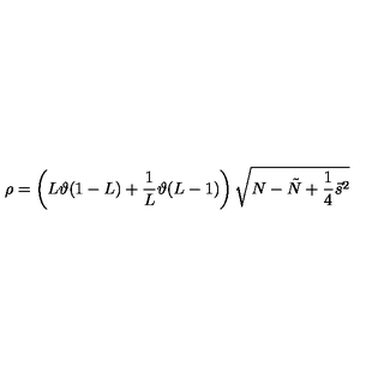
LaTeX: \rho = \left( L \vartheta ( 1 - L ) + \frac { 1 } { L } \vartheta ( L - 1 ) \right) \sqrt { N - \tilde { N } + \frac { 1 } { 4 } \vec { s } ^ { 2 } }